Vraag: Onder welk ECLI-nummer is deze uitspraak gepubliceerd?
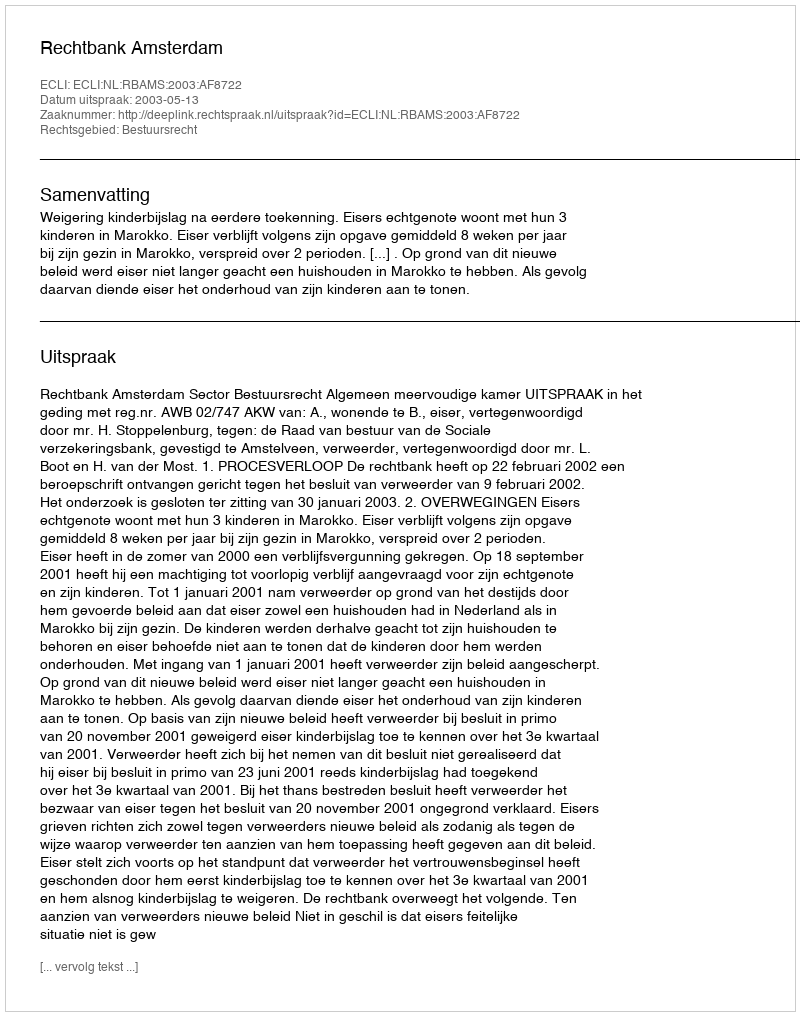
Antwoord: ECLI:NL:RBAMS:2003:AF8722